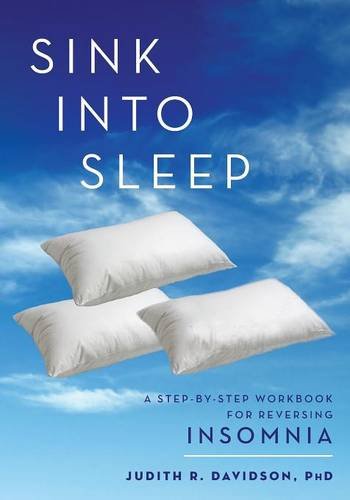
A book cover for Sink Into Sleep: A Step-by-Step Workbook for Insomnia; Judith R. Davidson Ph.D; Health, Fitness & Dieting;